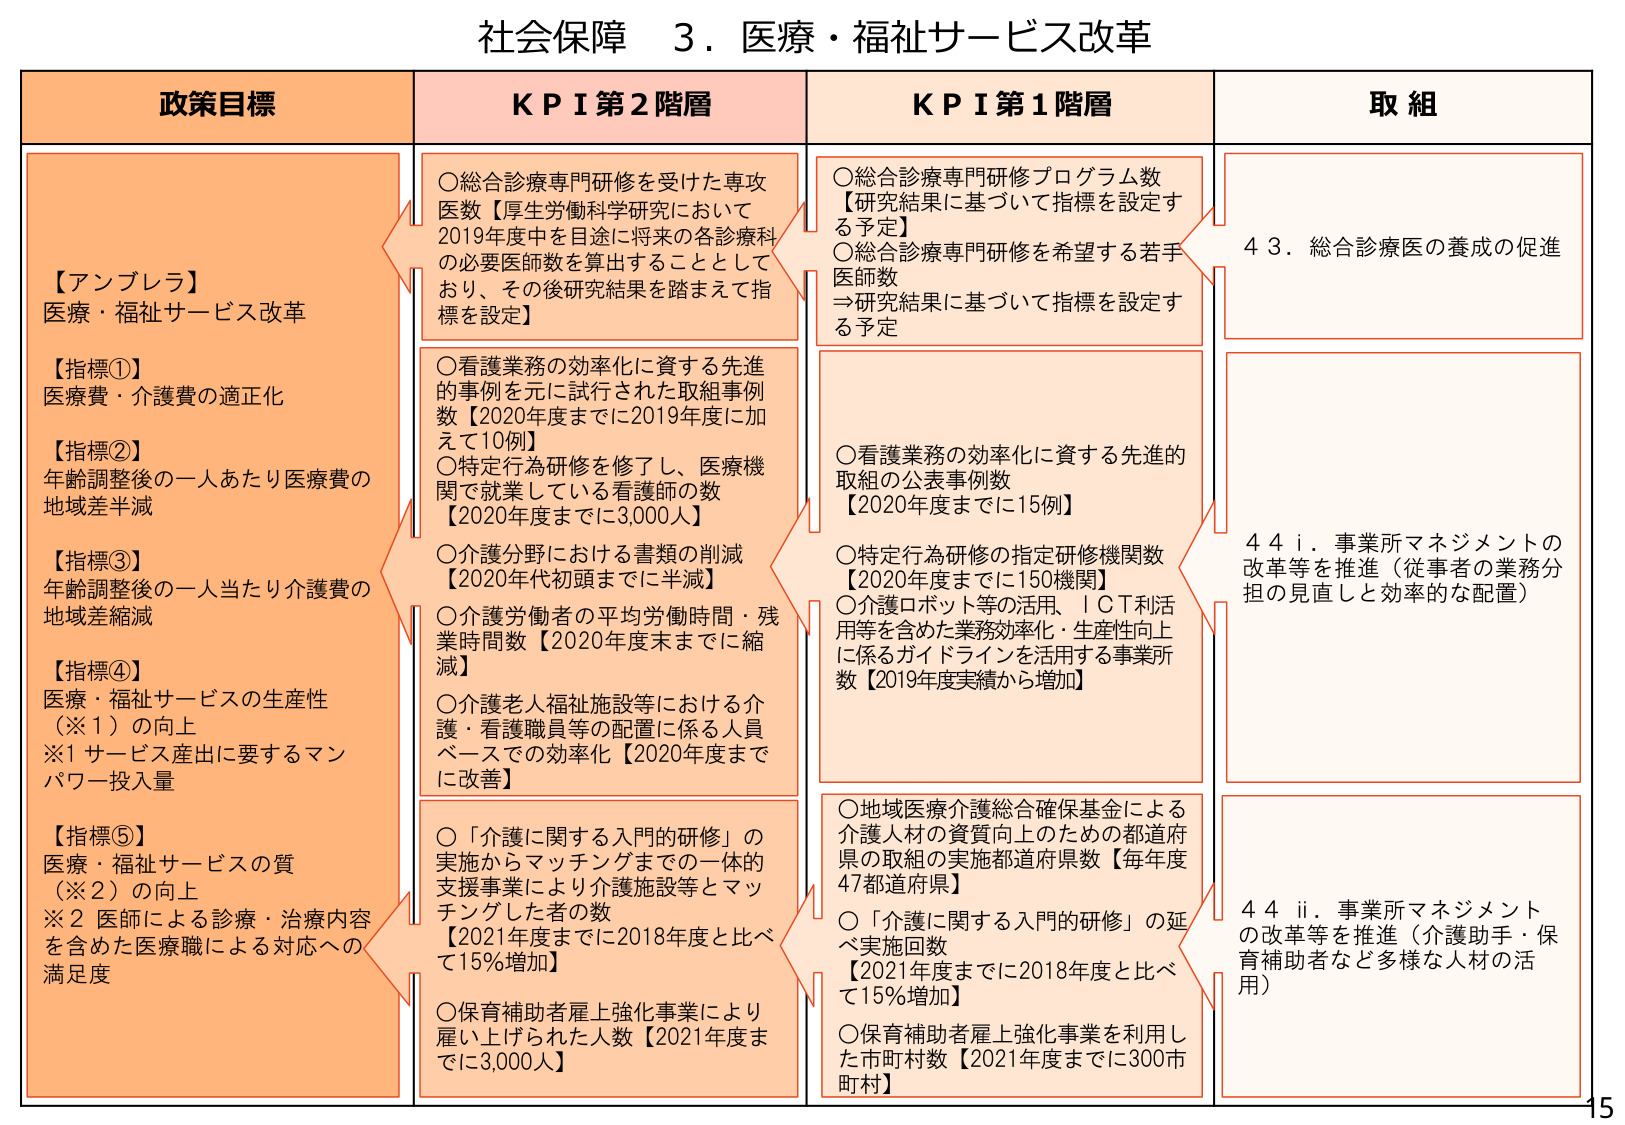
社会保障 ３．医療・福祉サービス改革

政策目標
【アンブレラ】
医療・福祉サービス改革
【指標①】
医療費・介護費の適正化
【指標②】
年齢調整後の一人あたり医療費の
地域差半減
【指標③】
年齢調整後の一人当たり介護費の
地域差縮減
【指標④】
医療・福祉サービスの生産性
（※１）の向上
※１ サービス産出に要するマン
パワー投入量
【指標⑤】
医療・福祉サービスの質
（※２）の向上
※２ 医師による診療・治療内容
を含めた医療職による対応への
満足度

ＫＰＩ第２階層
○総合診療専門研修を受けた専攻
医数【厚生労働科学研究において
2019年度中を目途に将来の各診療科
の必要医師数を算出することとして
おり、その後研究結果を踏まえて指
標を設定】
○看護業務の効率化に資する先進
的事例を元に試行された取組事例
数【2020年度までに2019年度に加
えて10例】
○特定行為研修を修了し、医療機
関で就業している看護師の数
【2020年度までに3,000人】
○介護分野における書類の削減
【2020年代初頭までに半減】
○介護労働者の平均労働時間・残
業時間数【2020年度末までに縮
減】
○介護老人福祉施設等における介
護・看護職員等の配置に係る人員
ベースでの効率化【2020年度まで
に改善】
○「介護に関する入門的研修」の
実施からマッチングまでの一体的
支援事業により介護施設等とマッ
チングした者の数
【2021年度までに2018年度と比べ
て15％増加】
○保育補助者雇上強化事業により
雇い上げられた人数【2021年度ま
でに3,000人】

ＫＰＩ第１階層
○総合診療専門研修プログラム数
【研究結果に基づいて指標を設定す
る予定】
○総合診療専門研修を希望する若手
医師数
⇒研究結果に基づいて指標を設定す
る予定
○看護業務の効率化に資する先進的
取組の公表事例数
【2020年度までに15例】
○特定行為研修の指定研修機関数
【2020年度までに150機関】
○介護ロボット等の活用、ＩＣＴ利活
用等を含めた業務効率化・生産性向上
に係るガイドラインを活用する事業所
数【2019年度実績から増加】
○地域医療介護総合確保基金による
介護人材の資質向上のための都道府
県の取組の実施都道府県数【毎年度
47都道府県】
○「介護に関する入門的研修」の延
べ実施回数
【2021年度までに2018年度と比べ
て15％増加】
○保育補助者雇上強化事業を利用し
た市町村数【2021年度までに300市
町村】

取組
４３．総合診療医の養成の促進
４４ⅰ．事業所マネジメントの
改革等を推進（従事者の業務分
担の見直しと効率的な配置）
４４ⅱ．事業所マネジメント
の改革等を推進（介護助手・保
育補助者など多様な人材の活
用）

15